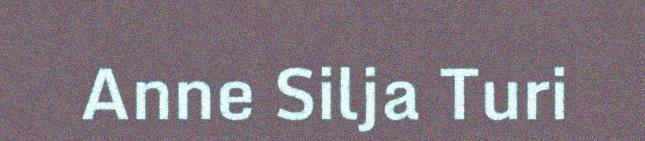
Anne Silja Turi